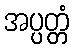
အပ္ပတ္တံ